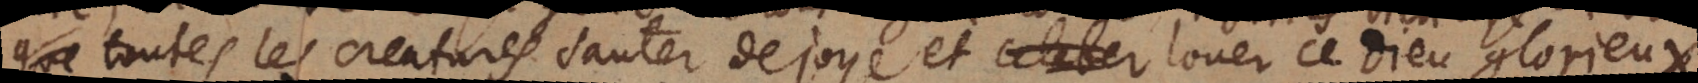
l toutes les creatures sauter de joye et louer ce Dieu glorieux,